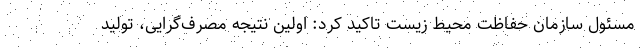
مسئول سازمان حفاظت محیط زیست تاکید کرد: اولین نتیجه مصرف‌گرایی، تولید